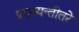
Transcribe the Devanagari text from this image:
प्रपश्यन्तीतरे